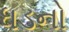
ધડનો